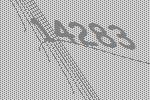
14283